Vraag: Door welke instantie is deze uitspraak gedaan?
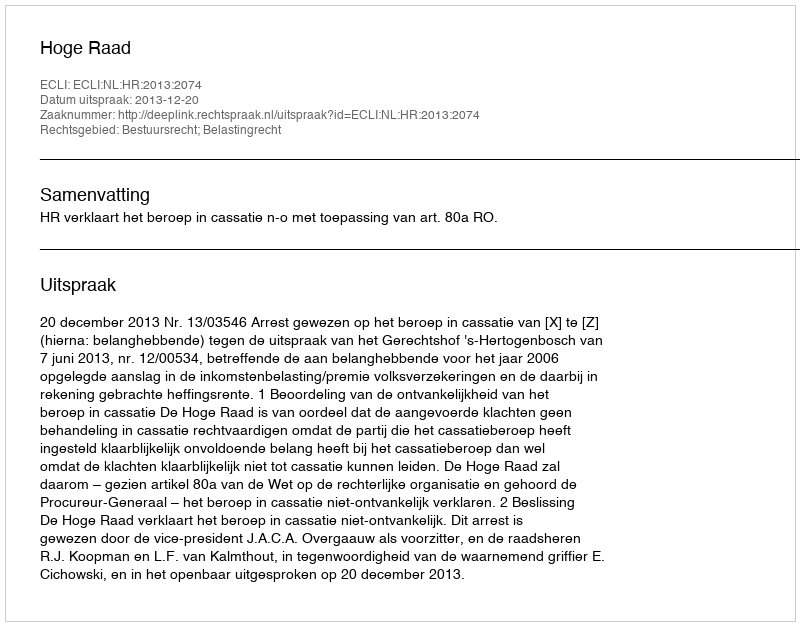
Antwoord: Hoge Raad